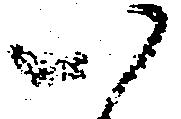
い